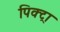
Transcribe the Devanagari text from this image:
पिक्ट्रा